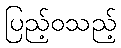
ပြည့်ဝသည့်